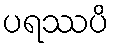
ပရဿပိ